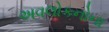
અવલોકનોના